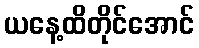
ယနေ့ထိတိုင်အောင်